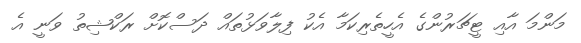
މަންމަ އާއި ޓީޗަރުންގެ އެހީތެރިކަމާ އެކު ފިލާވަޅުތައް ދަސްކޮށް ރަކްޝިތު ވަނީ އެ